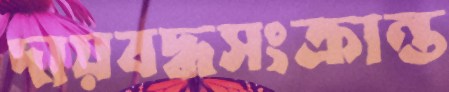
দায়বদ্ধসংক্রান্ত